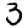
Digit: 3